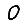
Digit: 0